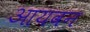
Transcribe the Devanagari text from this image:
आयवन